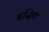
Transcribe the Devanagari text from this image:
हृदिथ